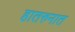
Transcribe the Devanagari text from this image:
हातरुनात